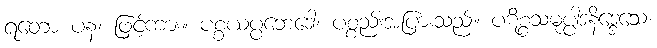
ရတော ပန၊ ဖြင့်ကား။ ပစ္စယပ္ပဘေဒေါ၊ ပစ္စည်းအပြားသည်။ ပဋိစ္စသမုပ္ပါဒနိဒ္ဒေသေ၊